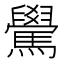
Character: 䮸